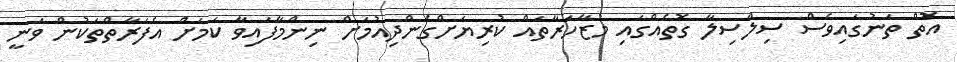
އޮތް ތަނުގައިވެސް ސިލްސިލާ ގޮތެއްގައި މުޒާހަރާތައް ކުރިޔަށްގެންދިއުމަށް ނިންމާފައިވާ ކަމަށް އެފަރާތްތަކުން ވަނީ